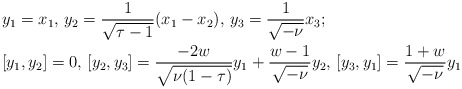
\begin{align*}&y_1=x_1, \, y_2=\frac{1}{\sqrt{\tau-1}}(x_1-x_2), \, y_3=\frac{1}{\sqrt{-\nu}}x_3;\\&[y_1,y_2]=0, \,[y_2,y_3]=\frac{-2w}{\sqrt{\nu(1-\tau)}}y_1 + \frac{w-1}{\sqrt{-\nu}}y_2, \,[y_3,y_1]=\frac{1+w}{\sqrt{-\nu}}y_1\end{align*}